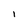
Character: 1